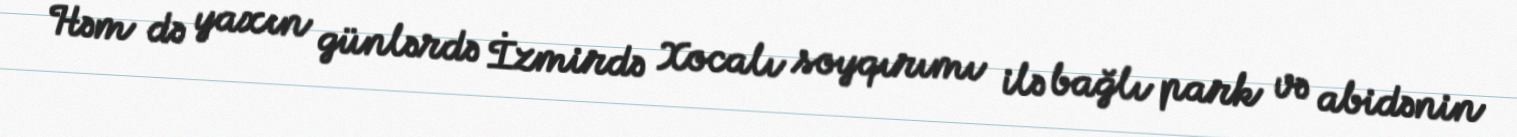
Həm də yaxın günlərdə İzmirdə Xocalı soyqırımı ilə bağlı park və abidənin